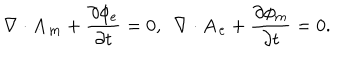
\nabla \cdot \mathbf { A _ { m } } + \frac { \partial \phi _ { e } } { \partial t } = 0 , ~ ~ \nabla \cdot \mathbf { A _ { e } } + \frac { \partial \phi _ { m } } { \partial t } = 0 .